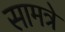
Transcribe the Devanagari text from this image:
सामत्रे